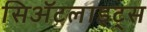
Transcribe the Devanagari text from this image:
सिॲटलाइट्स